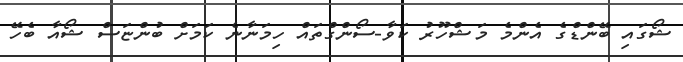
ޝޯގައި ބޭންޑްގެ އެންމެ މަޝްހޫރު ކަވާ-ސޯންގްތައް ހިމަނާނެ ކަމަށް ބުންޏަސް ޝޯއާ ބެހޭ